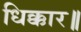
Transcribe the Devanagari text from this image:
धिक्कार॥